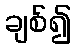
ချစ်၍